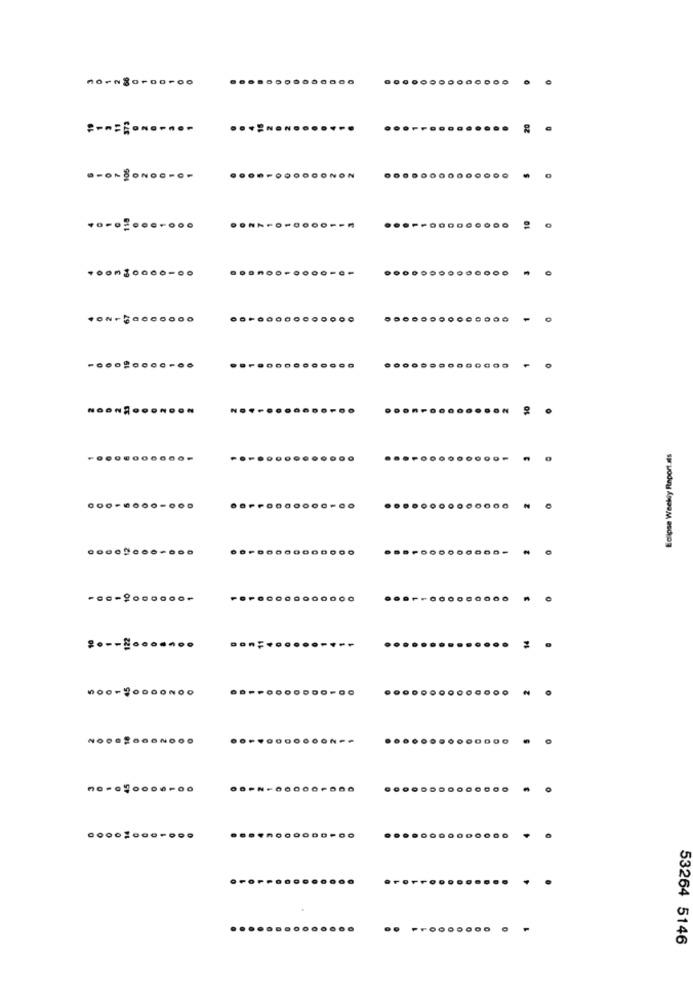
......
........
20
.
NON
+000$0000.00
-
..
.
Eclipse Weekly Report.als
-..-........
......
.
0000:00
..
53264 5146